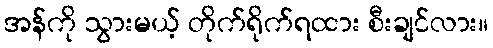
အန်ကို သွားမယ့် တိုက်ရိုက်ရထား စီးချင်လား။